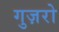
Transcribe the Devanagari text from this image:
गुज़रो